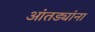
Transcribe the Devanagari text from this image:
आंतड्यांना